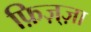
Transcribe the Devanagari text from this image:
फ़िज़्ज़ा